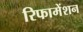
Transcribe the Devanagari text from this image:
रिफामेंशन